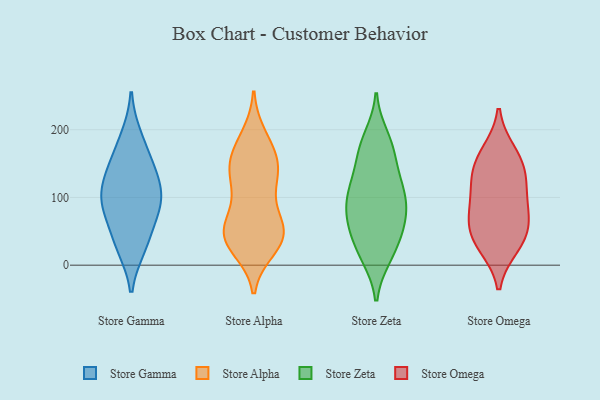
{"axis": {"x": "Population (Million)", "y": "Value"}, "legend": ["Store Alpha", "Store Gamma", "Store Omega", "Store Zeta"], "data": [{"x": "", "y": 189, "type": "Store Gamma"}, {"x": "", "y": 27, "type": "Store Gamma"}, {"x": "", "y": 33, "type": "Store Gamma"}, {"x": "", "y": 87, "type": "Store Gamma"}, {"x": "", "y": 156, "type": "Store Gamma"}, {"x": "", "y": 123, "type": "Store Gamma"}, {"x": "", "y": 72, "type": "Store Gamma"}, {"x": "", "y": 100, "type": "Store Gamma"}, {"x": "", "y": 98, "type": "Store Gamma"}, {"x": "", "y": 139, "type": "Store Gamma"}, {"x": "", "y": 190, "type": "Store Alpha"}, {"x": "", "y": 47, "type": "Store Alpha"}, {"x": "", "y": 146, "type": "Store Alpha"}, {"x": "", "y": 143, "type": "Store Alpha"}, {"x": "", "y": 148, "type": "Store Alpha"}, {"x": "", "y": 26, "type": "Store Alpha"}, {"x": "", "y": 107, "type": "Store Alpha"}, {"x": "", "y": 47, "type": "Store Alpha"}, {"x": "", "y": 45, "type": "Store Alpha"}, {"x": "", "y": 46, "type": "Store Alpha"}, {"x": "", "y": 182, "type": "Store Alpha"}, {"x": "", "y": 144, "type": "Store Alpha"}, {"x": "", "y": 25, "type": "Store Alpha"}, {"x": "", "y": 58, "type": "Store Alpha"}, {"x": "", "y": 122, "type": "Store Alpha"}, {"x": "", "y": 163, "type": "Store Alpha"}, {"x": "", "y": 54, "type": "Store Alpha"}, {"x": "", "y": 92, "type": "Store Alpha"}, {"x": "", "y": 42, "type": "Store Alpha"}, {"x": "", "y": 16, "type": "Store Zeta"}, {"x": "", "y": 160, "type": "Store Zeta"}, {"x": "", "y": 50, "type": "Store Zeta"}, {"x": "", "y": 111, "type": "Store Zeta"}, {"x": "", "y": 175, "type": "Store Zeta"}, {"x": "", "y": 189, "type": "Store Zeta"}, {"x": "", "y": 13, "type": "Store Zeta"}, {"x": "", "y": 116, "type": "Store Zeta"}, {"x": "", "y": 53, "type": "Store Zeta"}, {"x": "", "y": 84, "type": "Store Zeta"}, {"x": "", "y": 84, "type": "Store Zeta"}, {"x": "", "y": 65, "type": "Store Zeta"}, {"x": "", "y": 18, "type": "Store Zeta"}, {"x": "", "y": 176, "type": "Store Zeta"}, {"x": "", "y": 141, "type": "Store Zeta"}, {"x": "", "y": 52, "type": "Store Zeta"}, {"x": "", "y": 110, "type": "Store Zeta"}, {"x": "", "y": 109, "type": "Store Zeta"}, {"x": "", "y": 84, "type": "Store Zeta"}, {"x": "", "y": 44, "type": "Store Omega"}, {"x": "", "y": 76, "type": "Store Omega"}, {"x": "", "y": 154, "type": "Store Omega"}, {"x": "", "y": 98, "type": "Store Omega"}, {"x": "", "y": 30, "type": "Store Omega"}, {"x": "", "y": 165, "type": "Store Omega"}, {"x": "", "y": 133, "type": "Store Omega"}, {"x": "", "y": 126, "type": "Store Omega"}, {"x": "", "y": 73, "type": "Store Omega"}, {"x": "", "y": 39, "type": "Store Omega"}]}